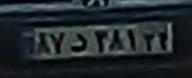
۸۷د۳۸۱۲۴